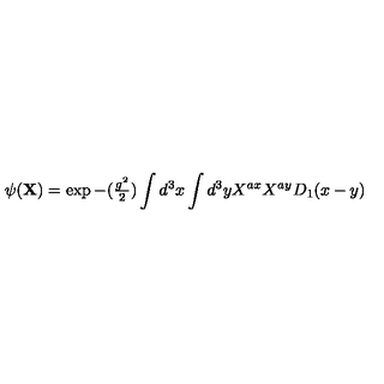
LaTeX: \psi ( { \bf X } ) = \exp { - ( { \textstyle { \frac { g ^ { 2 } } { 2 } } } ) \int d ^ { 3 } x \int d ^ { 3 } y X ^ { a x } X ^ { a y } D _ { 1 } ( x - y ) }